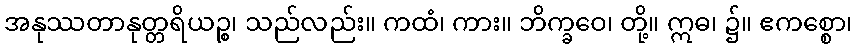
အနုဿတာနုတ္တရိယဉ္စ၊ သည်လည်း။ ကထံ၊ ကား။ ဘိက္ခဝေ၊ တို့။ ဣဓ၊ ၌။ ဧကစ္စော၊